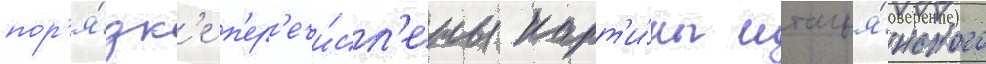
пор'я́дк'е п'ер'ечи́сл'ены карт'и́ны италья́нского